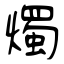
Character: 燭